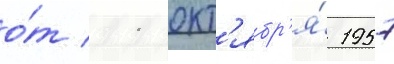
о́т 11 окт'ябр'я́ 1957